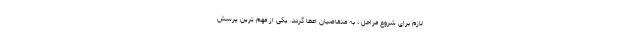
لازم برای شروع مراحل ، به متقاضیان اعطا گردد. یکی از مهم ترین پرسش